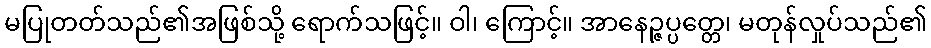
မပြုတတ်သည်၏အဖြစ်သို့ ရောက်သဖြင့်။ ဝါ၊ ကြောင့်။ အာနေဉ္ဇပ္ပတ္တေ၊ မတုန်လှုပ်သည်၏